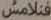
فنلامس